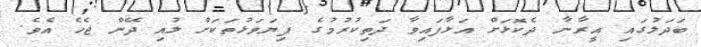
ބަދަލުގައި އީރާނާ ދެކޮޅަށް އަޅާފައިވާ ދަތިކުރުމުގެ ފިޔަވަޅުތަކަށް ލުއި ދޭން ޖެހެ އެވެ.